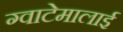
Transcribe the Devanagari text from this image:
ग्वाटेमालाई